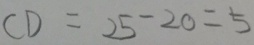
C D = 2 5 - 2 0 = 5